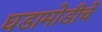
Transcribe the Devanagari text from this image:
घडामोडीचें